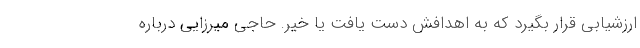
ارزشیابی قرار بگیرد که به اهدافش دست یافت یا خیر. حاجی میرزایی درباره